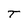
Character: T